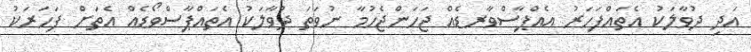
އަދި ދުވާލަކު އެތައްފަހަރު އެއްޕާސްވާރޑެއް ޖަހަންޖެހުމާ ނުވަތަ ދުވާލަކު އެތައްޕާސްވޯޑެއް އެތަށް ފަހަރަކު